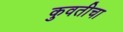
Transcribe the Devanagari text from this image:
कुवतीचा